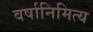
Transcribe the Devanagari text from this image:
वर्षानिमित्‍य